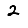
Digit: 2